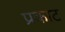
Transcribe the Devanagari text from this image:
प्रकाट